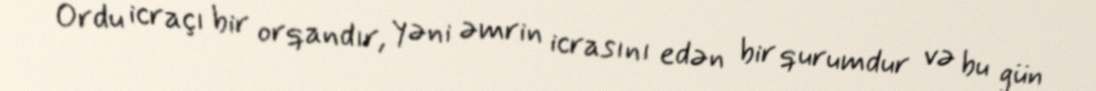
Ordu icraçı bir orqandır, yəni əmrin icrasını edən bir qurumdur və bu gün